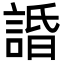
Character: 諙